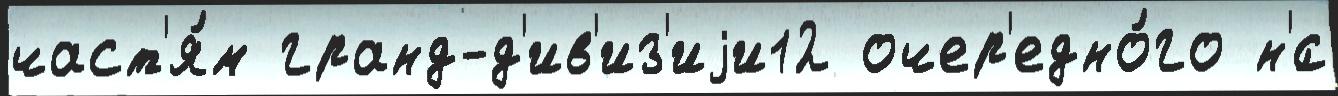
част'я́м гранд-д'ив'из'иjи12 очер'едно́го н'́с